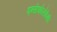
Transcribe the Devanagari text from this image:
एन्सेफोलोपेथी